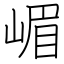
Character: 嵋